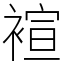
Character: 䙋